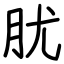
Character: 肬